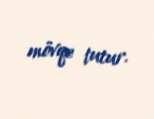
mövqe tutur.